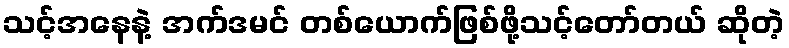
သင့်အနေနဲ့ အက်ဒမင် တစ်ယောက်ဖြစ်ဖို့သင့်တော်တယ် ဆိုတဲ့